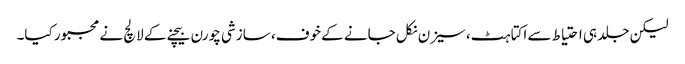
لیکن جلد ہی احتیاط سے اکتاہٹ، سیزن نکل جانے کے خوف، سازشی چورن بیچنے کے لالچ نے مجبور کیا۔